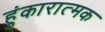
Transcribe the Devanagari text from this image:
हुंकारात्मक